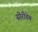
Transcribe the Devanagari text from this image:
सोरीडेम